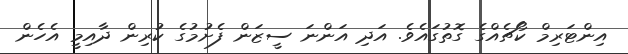
އިންޓަރިމް ކޯޗެއްގެ ގޮތުގައެވެ. އަދި އަންނަ ސީޒަން ފެށުމުގެ ކުރިން ދާއިމީ އެހެން